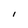
Character: l